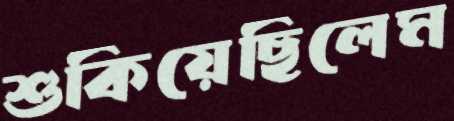
শুকিয়েছিলেম